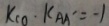
K _ { c o } \cdot K _ { A A ^ { \prime } } = - 1